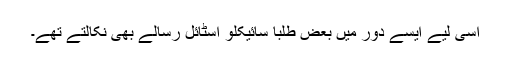
اسی لیے ایسے دور میں بعض طلبا سائیکلو اسٹائل رسالے بھی نکالتے تھے۔